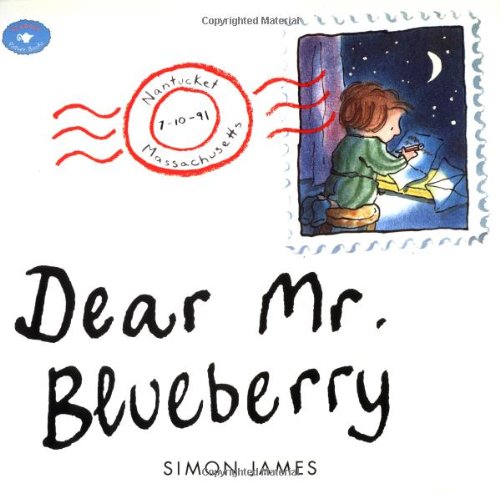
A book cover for Dear Mr. Blueberry (Aladdin Picture Books); Simon James; Children's Books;